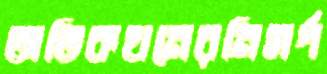
অতিকথনেরনিসর্গ